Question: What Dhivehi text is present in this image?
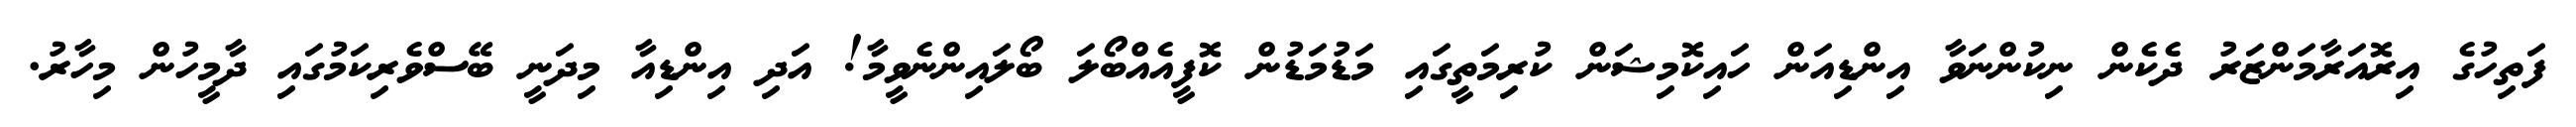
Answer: ފަތިހުގެ އިރޮއަރާމަންޒަރު ދެކެން ނިކުންނަވާ އިންޑިއަން ހައިކޮމިޝަން ކުރިމަތީގައި މަޑުމަޑުން ކޮފީއެއްބޯލަ ބޯލައިންނެވީމާ! އަދި އިންޑިއާ މިދަނީ ބޭސްވެރިކަމުގައި ދާމީހުން މިހާރު.